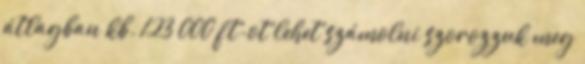
átlagban kb. 123 000 ft-ot lehet számolni szorozzuk meg